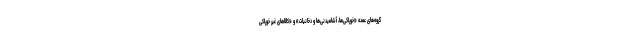
گروه‌های عمده «خوراکی‌ها، آشامیدنی‌ها و دخانیات» و «کالاهای غیر خوراکی